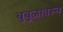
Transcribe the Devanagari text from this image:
बुबुळावरून